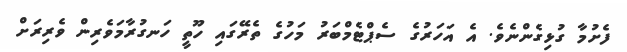
ފެށުމާ ގުޅިގެންނެވެ. އެ އަހަރުގެ ސެޕްޓެމްބަރު މަހުގެ ތެރޭގައި ހޫތީ ހަނގުރާމަވެރިން ވެރިރަށް